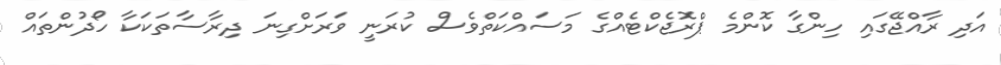
އަދި ރާއްޖޭގައި ހިންގާ ކޮންމެ ޕްރޮޖެކްޓެއްގެ މަސައްކަތްވެސް ކުރަނީ ވަރަށްގިނަ ދިރާސާތަކަކާ ހޯދުންތައް